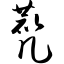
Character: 麂